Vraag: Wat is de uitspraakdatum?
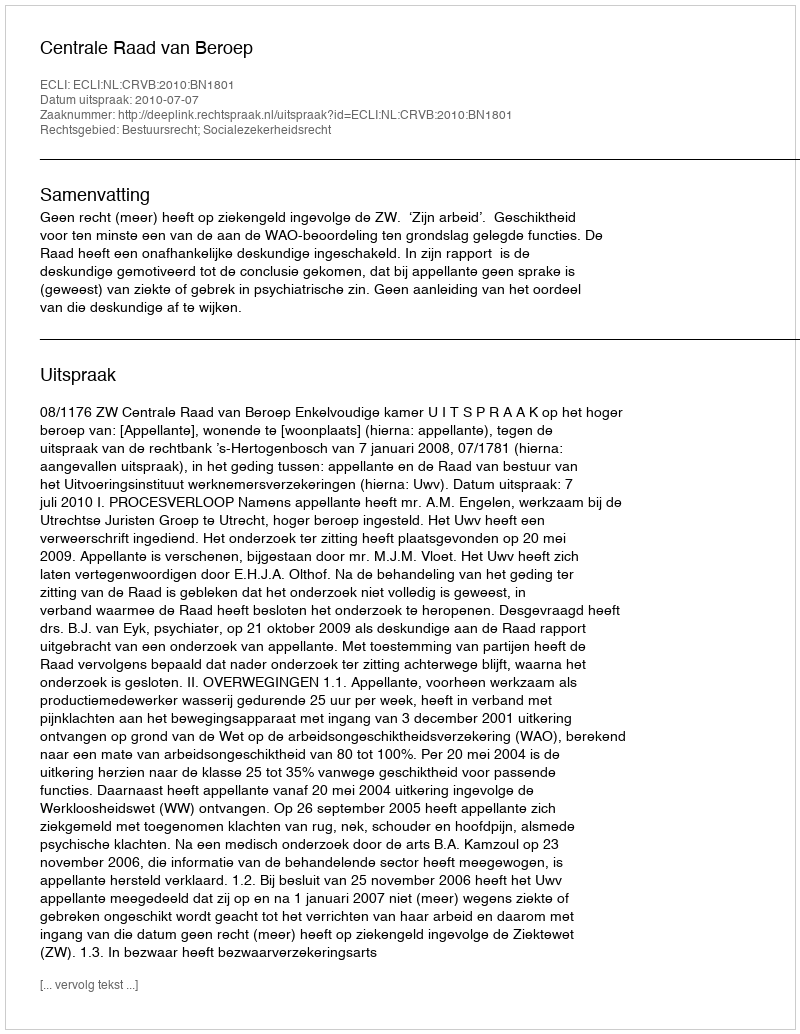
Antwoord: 2010-07-07